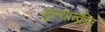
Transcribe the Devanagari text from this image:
मुल्यान्कीत